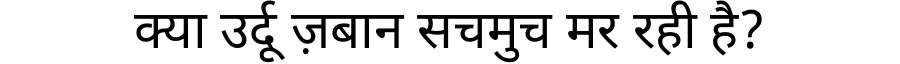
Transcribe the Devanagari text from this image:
क्या उर्दू ज़बान सचमुच मर रही है?